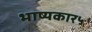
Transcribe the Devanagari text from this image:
भाष्यकार५